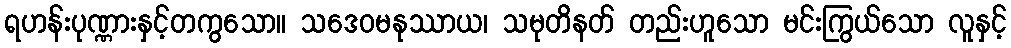
ရဟန်းပုဏ္ဏားနှင့်တကွသော။ သဒေဝမနုဿာယ၊ သမုတိနတ် တည်းဟူသော မင်းကြွယ်သော လူနှင့်